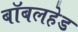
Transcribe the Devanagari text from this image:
बॉबलहेड